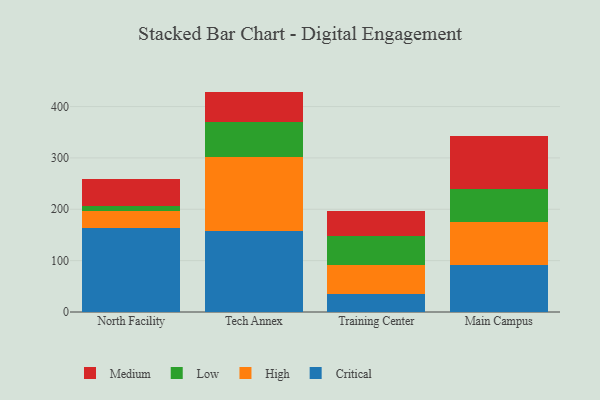
{"axis": {"x": "Campus", "y": "Bounce Rate (%)"}, "legend": ["Critical", "High", "Low", "Medium"], "data": [{"x": "North Facility", "y": 162.6, "type": "Critical"}, {"x": "North Facility", "y": 34.0, "type": "High"}, {"x": "North Facility", "y": 10.3, "type": "Low"}, {"x": "North Facility", "y": 51.5, "type": "Medium"}, {"x": "Tech Annex", "y": 158.5, "type": "Critical"}, {"x": "Tech Annex", "y": 142.9, "type": "High"}, {"x": "Tech Annex", "y": 67.6, "type": "Low"}, {"x": "Tech Annex", "y": 60.1, "type": "Medium"}, {"x": "Training Center", "y": 34.6, "type": "Critical"}, {"x": "Training Center", "y": 56.5, "type": "High"}, {"x": "Training Center", "y": 57.7, "type": "Low"}, {"x": "Training Center", "y": 47.1, "type": "Medium"}, {"x": "Main Campus", "y": 91.1, "type": "Critical"}, {"x": "Main Campus", "y": 83.3, "type": "High"}, {"x": "Main Campus", "y": 65.5, "type": "Low"}, {"x": "Main Campus", "y": 102.0, "type": "Medium"}]}